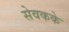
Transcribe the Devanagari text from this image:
सेवकके